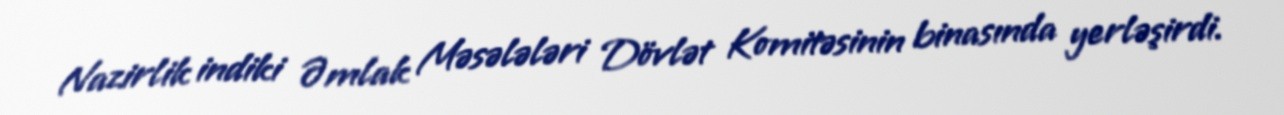
Nazirlik indiki Əmlak Məsələləri Dövlət Komitəsinin binasında yerləşirdi.